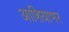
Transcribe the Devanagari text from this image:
आशियाभर